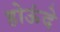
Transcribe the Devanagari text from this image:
होऊंदे